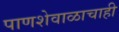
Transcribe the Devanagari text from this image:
पाणशेवाळाचाही